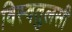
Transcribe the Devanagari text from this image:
विस्वतुलसी